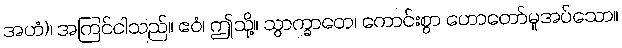
အဟံ)၊ အကြင်ငါသည်။ ဧဝံ၊ ဤသို့။ သွာက္ခာတေ၊ ကောင်းစွာ ဟောတော်မူအပ်သော။